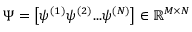
\Psi = \left[ \psi ^ { ( 1 ) } \psi ^ { ( 2 ) } . . . \psi ^ { ( N ) } \right] \in \mathbb { R } ^ { M \times N }